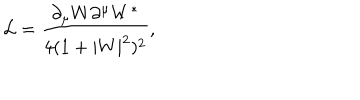
\mathcal { L } = \frac { \partial _ { \mu } W \partial ^ { \mu } W ^ { * } } { 4 ( 1 + | W | ^ { 2 } ) ^ { 2 } } ,